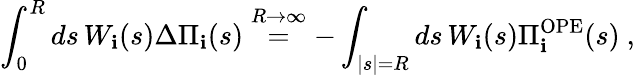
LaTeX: \int_{0}^{R}ds\, W_{\mathbf{i}}(s)\Delta\Pi_{\mathbf{i}}(s)\stackrel{R\rightarrow\infty}{=}-\int_{|s|=R}ds\, W_{\mathbf{i}}(s)\Pi_{\mathbf{i}}^{\mathrm{{OPE}}}(s)\ ,